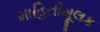
માહિતીમૂલક